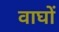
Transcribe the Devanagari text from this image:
वाघों